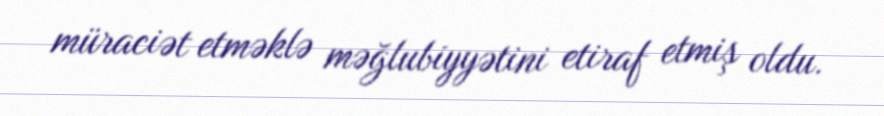
müraciət etməklə məğlubiyyətini etiraf etmiş oldu.